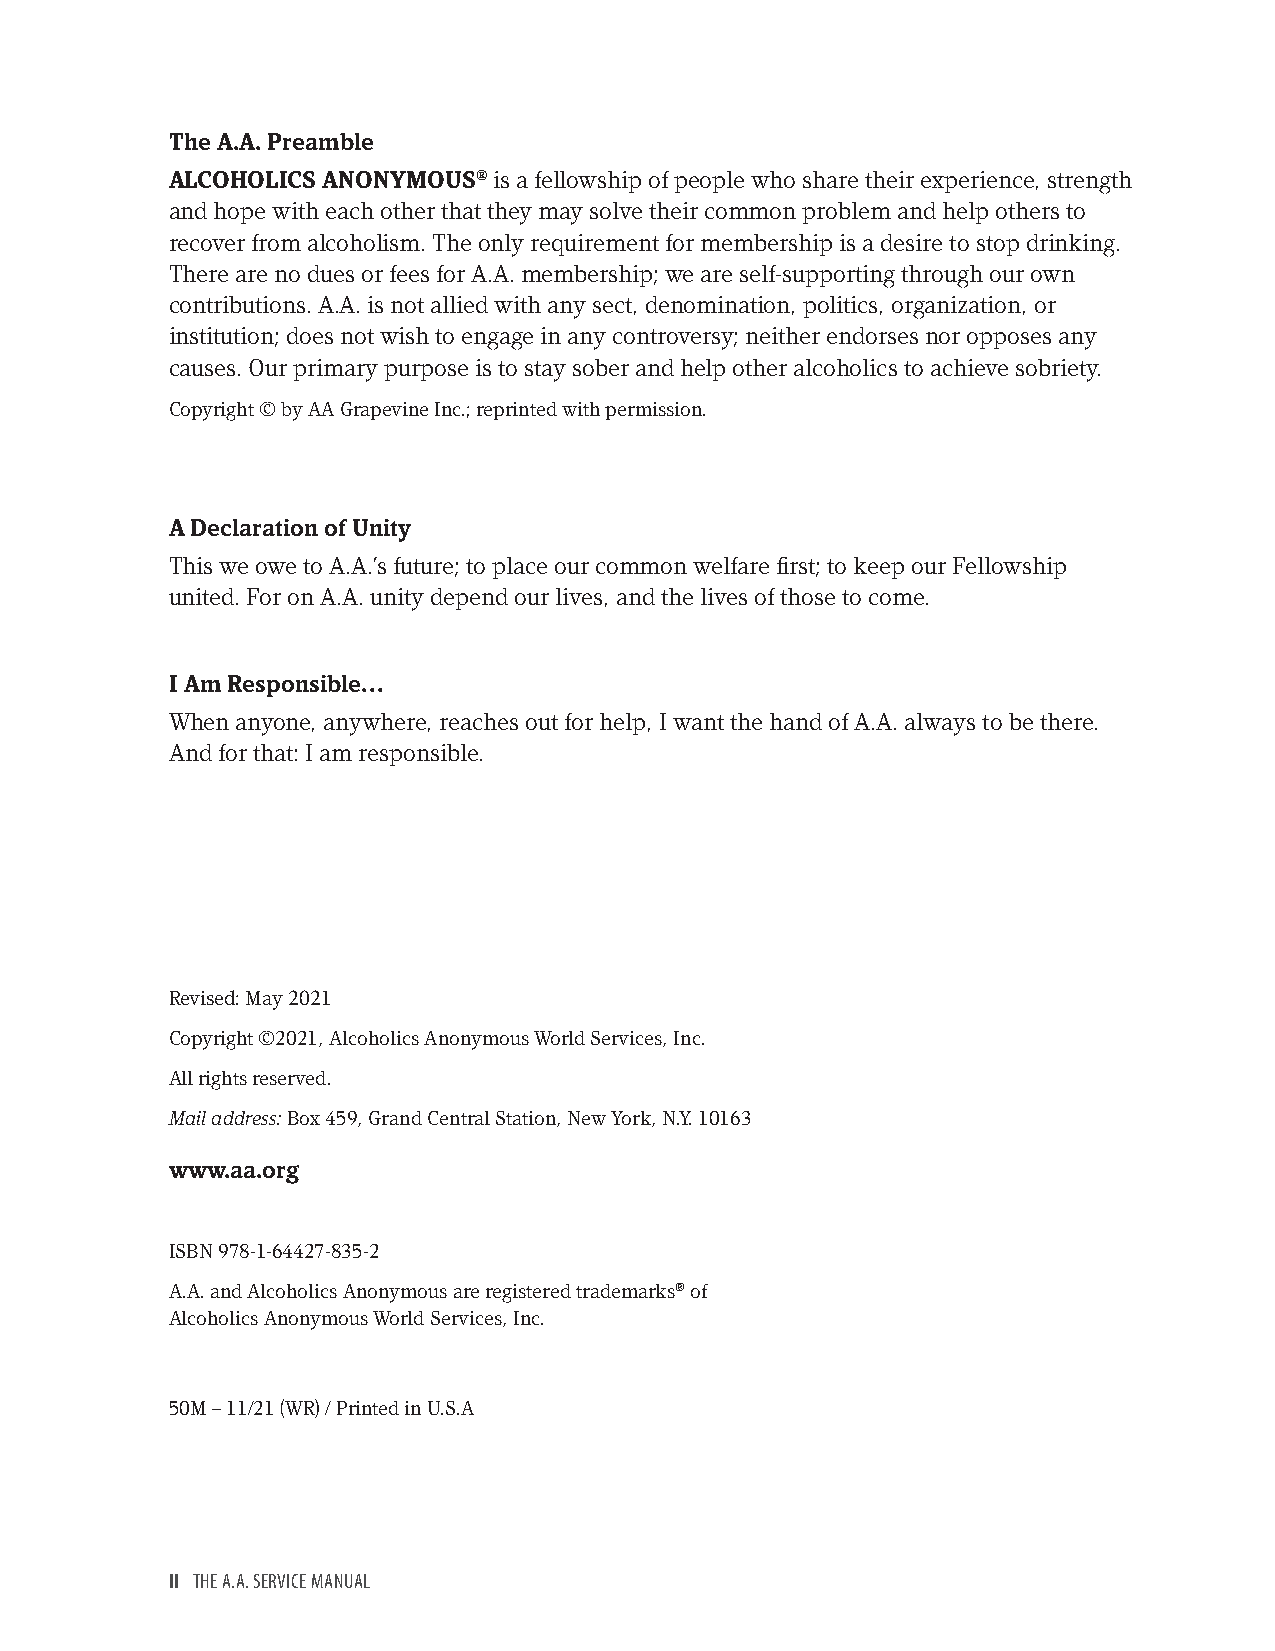
The A.A. Preamble
 ALCOHOLICS ANONYMOUS® is a fellowship of people who share their experience, strength
 and hope with each other that they may solve their common problem and help others to
 recover from alcoholism. The only requirement for membership is a desire to stop drinking.
 There are no dues or fees for A.A. membership; we are self-supporting through our own
 contributions. A.A. is not allied with any sect, denomination, politics, organization, or
 institution; does not wish to engage in any controversy; neither endorses nor opposes any
 causes. Our primary purpose is to stay sober and help other alcoholics to achieve sobriety.
 Copyright © by AA Grapevine Inc.; reprinted with permission.
 A Declaration of Unity
 This we owe to A.A.’s future; to place our common welfare first; to keep our Fellowship
 united. For on A.A. unity depend our lives, and the lives of those to come.
 I Am Responsible…
 When anyone, anywhere, reaches out for help, I want the hand of A.A. always to be there.
 And for that: I am responsible.
 Revised: May 2021
 Copyright ©2021, Alcoholics Anonymous World Services, Inc.
 All rights reserved.
 Mail address: Box 459, Grand Central Station, New York, N.Y. 10163
 www.aa.org
 ISBN 978-1-64427-835-2
 A.A. and Alcoholics Anonymous are registered trademarks® of
 Alcoholics Anonymous World Services, Inc.
 50M – 11/21 (WR) / Printed in U.S.A
 II THE A.A. SERVICE MANUAL